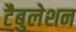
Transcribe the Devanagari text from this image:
टैबुलेशन